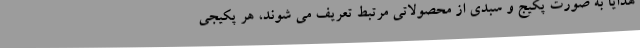
هدایا به صورت پکیج و سبدی از محصولاتی مرتبط تعریف می شوند، هر پکیجی